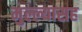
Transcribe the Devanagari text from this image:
मुल्ल्यासह